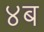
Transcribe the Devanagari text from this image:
४ब